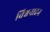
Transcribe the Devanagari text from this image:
विश्वनादन